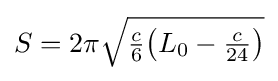
S=2\pi {\sqrt {{\tfrac {c}{6}}{\bigl (}L_{0}-{\tfrac {c}{24}}{\bigr )}}}